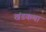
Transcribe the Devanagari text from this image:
खंडकथा